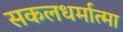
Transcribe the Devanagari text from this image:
सकलधर्मात्मा